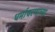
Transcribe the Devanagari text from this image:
धर्माचरणाच्या